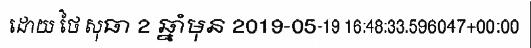
ដោយ ថៃ សុធា 2 ឆ្នាំមុន 2019-05-19 16:48:33.596047+00:00